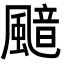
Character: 䬓